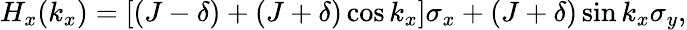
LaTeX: H_{x}(k_{x})=[(J-\delta)+(J+\delta)\cos k_{x}]\sigma_{x}+(J+\delta)\sin k_{x}\sigma_{y},